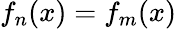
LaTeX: f_{n}(x)=f_{m}(x)